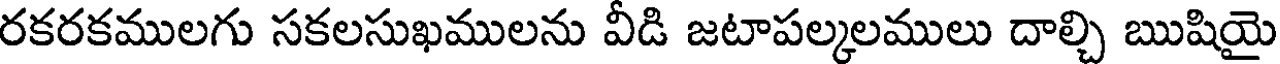
రకరకములగు సకలసుఖములను వీడి జటాపల్కలములు దాల్చి ఋషియై